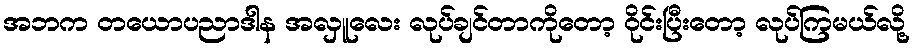
အဘက တယောပညာဒါန အလှူလေး လုပ်ချင်တာကိုတော့ ဝိုင်းပြီးတော့ လုပ်ကြမယ်လို့